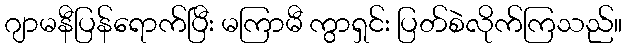
ဂျာမနီပြန်ရောက်ပြီး မကြာမီ ကွာရှင်း ပြတ်စဲလိုက်ကြသည်။